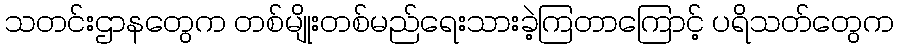
သတင်းဌာနတွေက တစ်မျိုးတစ်မည်ရေးသားခဲ့ကြတာကြောင့် ပရိသတ်တွေက